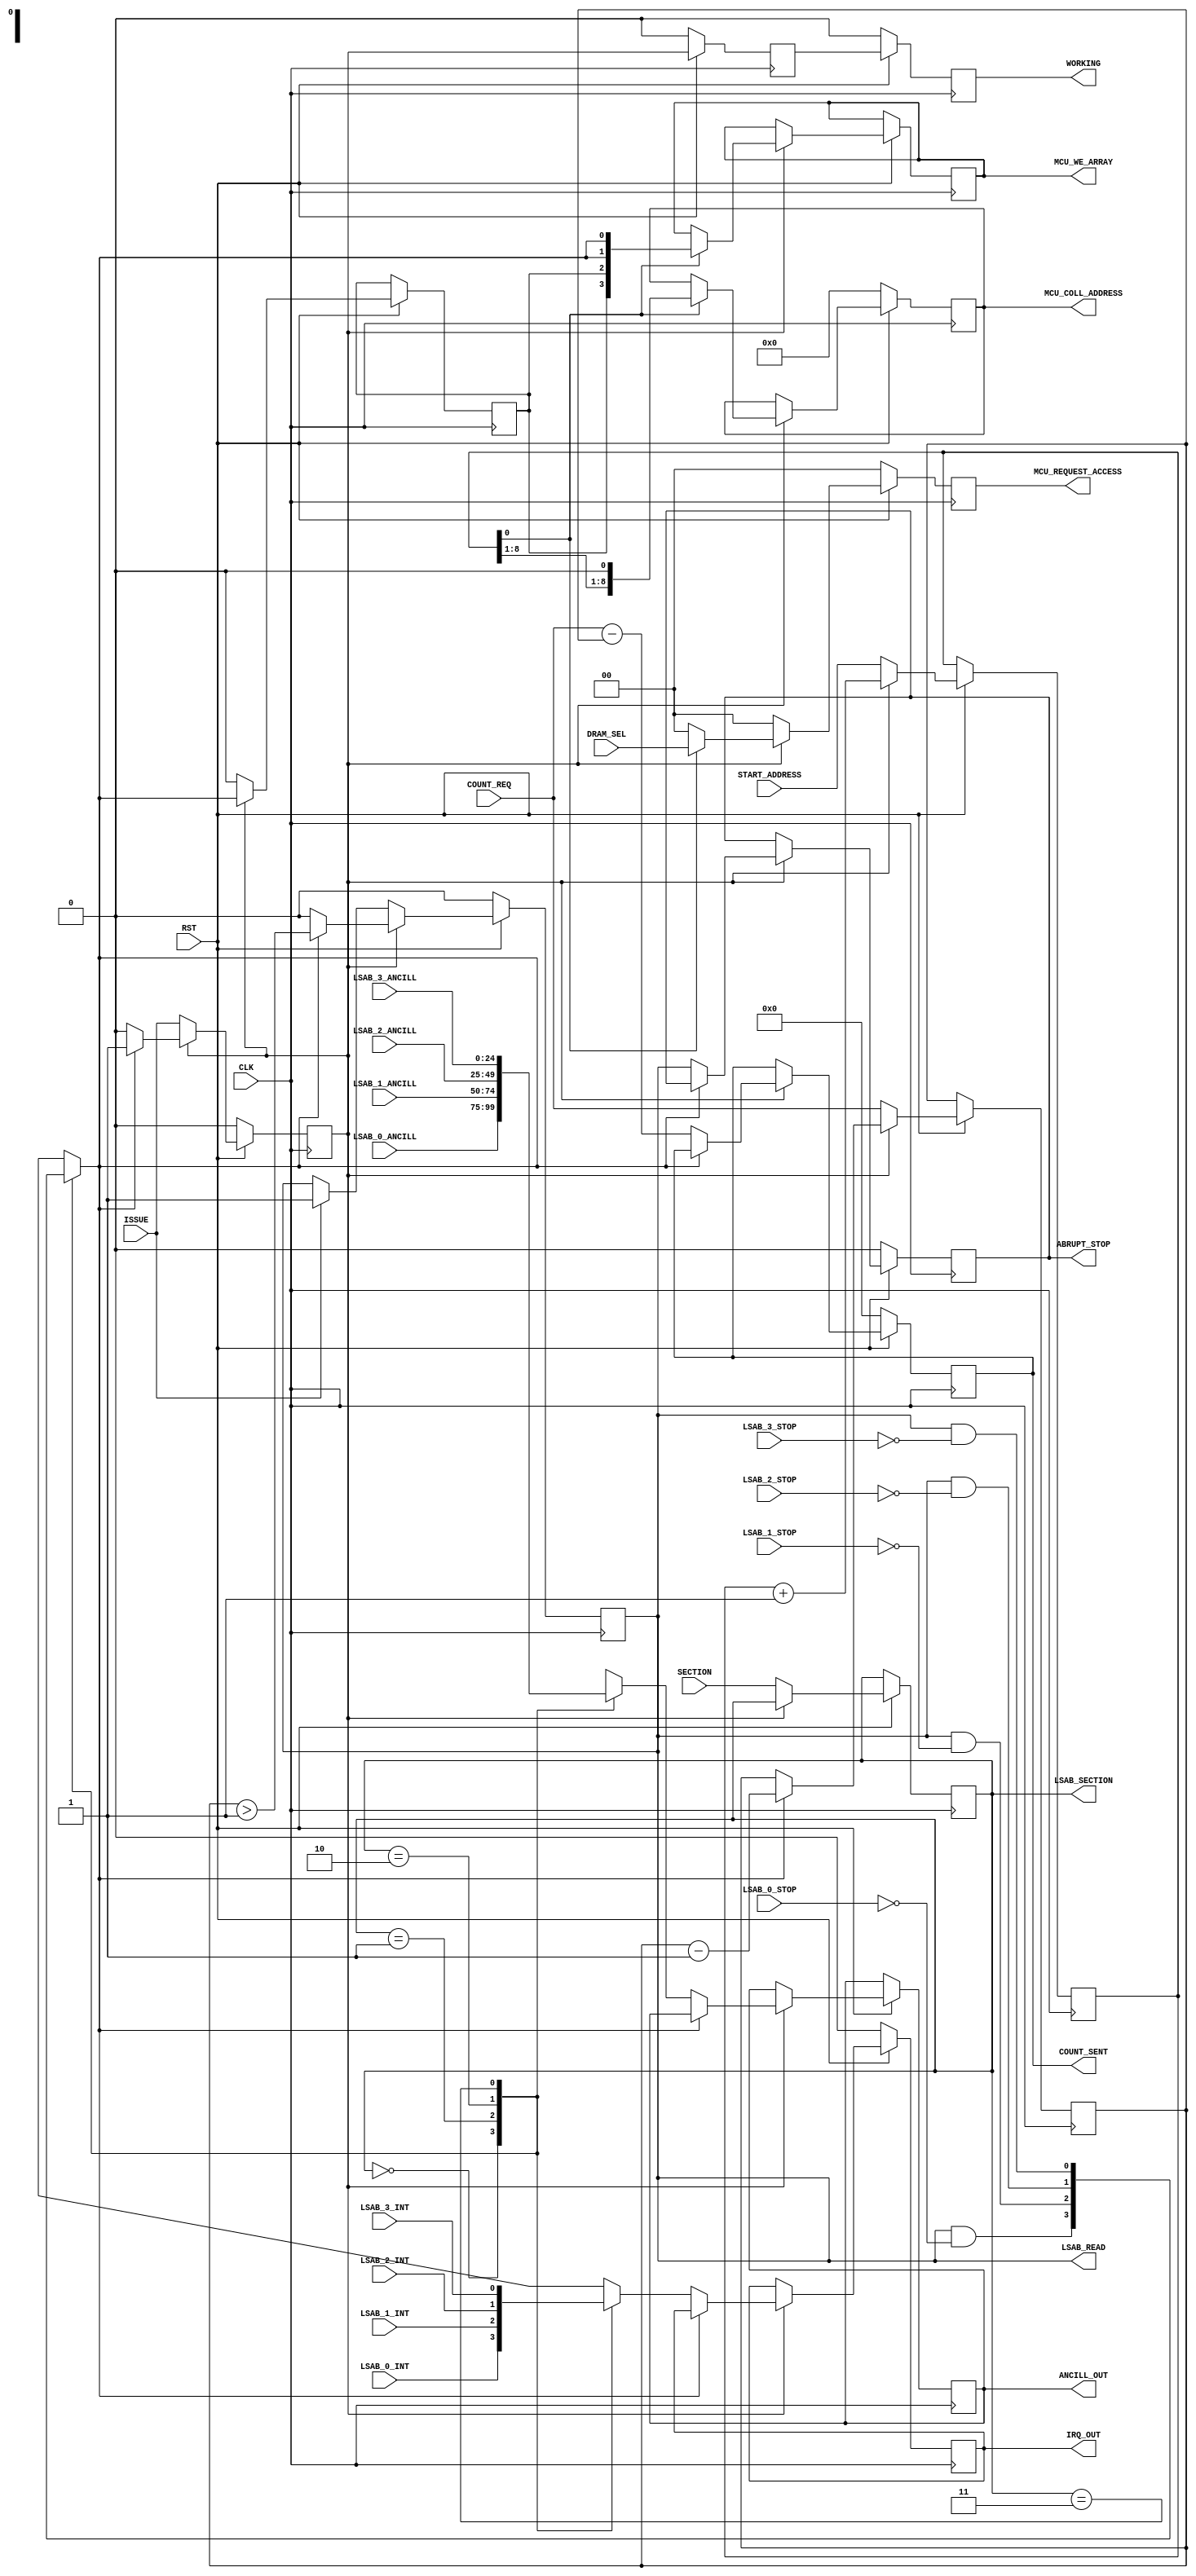
module hyper_mvblck_todram(input CLK,
			   input 	     RST,
			   /* begin LSAB */
			   input 	     LSAB_0_INT,
			   input 	     LSAB_1_INT,
			   input 	     LSAB_2_INT,
			   input 	     LSAB_3_INT,
			   input 	     LSAB_0_STOP,
			   input 	     LSAB_1_STOP,
			   input 	     LSAB_2_STOP,
			   input 	     LSAB_3_STOP,
			   input [24:0]      LSAB_0_ANCILL,
			   input [24:0]      LSAB_1_ANCILL,
			   input [24:0]      LSAB_2_ANCILL,
			   input [24:0]      LSAB_3_ANCILL,
			   // -----------------------
			   output 	     LSAB_READ,
			   output reg [1:0]  LSAB_SECTION,
			   //------------------------
			   /* begin DRAM */
			   input [8:0] 	     START_ADDRESS,
			   input [5:0] 	     COUNT_REQ,
			   input [1:0] 	     SECTION,
			   input [1:0] 	     DRAM_SEL,
			   input 	     ISSUE,
			   output reg [5:0]  COUNT_SENT,
			   output 	     WORKING,
			   output reg 	     IRQ_OUT,
			   output reg	     ABRUPT_STOP,
			   output reg [24:0] ANCILL_OUT,
			   // -----------------------
			   output [8:0]      MCU_COLL_ADDRESS,
			   output reg [3:0]  MCU_WE_ARRAY,
			   output [1:0]      MCU_REQUEST_ACCESS);
  reg 					     WORKING = 1'b0,
					     LSAB_READ = 1'b0;
  reg [1:0] 				     MCU_REQUEST_ACCESS = 2'd0;
  reg [8:0] 				     MCU_COLL_ADDRESS = 9'd0;

  reg 					     stop_prev_n, stop_n,
					     am_working = 1'b0,
					     working_pre = 1'b0,
					     irq;
  reg [24:0] 				     ancill;
  reg [5:0] 				     len_left;
  reg [8:0] 				     track_addr;

  wire 					     trigger;

  assign trigger = track_addr[0];

  always @(LSAB_0_STOP or LSAB_1_STOP or
	   LSAB_2_STOP or LSAB_3_STOP or
	   LSAB_0_INT or LSAB_1_INT or
	   LSAB_2_INT or LSAB_3_INT or
	   LSAB_0_ANCILL or LSAB_1_ANCILL or
	   LSAB_2_ANCILL or LSAB_3_ANCILL or
	   LSAB_SECTION or LSAB_READ)
    case (LSAB_SECTION)
      2'b00: begin
	stop_n <= (LSAB_READ && !LSAB_0_STOP);
	irq <= LSAB_0_INT;
	ancill <= LSAB_0_ANCILL;
      end
      2'b01: begin
	stop_n <= (LSAB_READ && !LSAB_1_STOP);
	irq <= LSAB_1_INT;
	ancill <= LSAB_1_ANCILL;
      end
      2'b10: begin
	stop_n <= (LSAB_READ && !LSAB_2_STOP);
	irq <= LSAB_2_INT;
	ancill <= LSAB_2_ANCILL;
      end
      2'b11: begin
	stop_n <= (LSAB_READ && !LSAB_3_STOP);
	irq <= LSAB_3_INT;
	ancill <= LSAB_3_ANCILL;
      end
      default: begin
	stop_n <= 1'bx;
	irq <= 1'bx;
	ancill <= {(25){1'bx}};
      end
    endcase

  always @(posedge CLK)
    if (!RST)
      begin
	am_working <= 0; working_pre <= 0; WORKING <= 0; LSAB_READ <= 0;
	MCU_REQUEST_ACCESS <= 0; MCU_COLL_ADDRESS <= 0; COUNT_SENT <= 0;
	IRQ_OUT <= 0; ABRUPT_STOP <= 0;
      end
    else
      begin
      if (! am_working)
	begin
	  LSAB_SECTION <= SECTION;
	  len_left <= COUNT_REQ;
	  track_addr <= START_ADDRESS;
	  stop_prev_n <= 0;
	  am_working <= ISSUE;
	  MCU_REQUEST_ACCESS <= 0;
	  if (ISSUE)
	    LSAB_READ <= 1;

	  /* FIXME: fails if the LSAB is empty at the start of exection */
	end
      else
	begin
	if (stop_n)
	  begin
	    len_left <= len_left -1;

	    LSAB_READ <= (len_left > 1);
	  end
	else
	  begin
	    LSAB_READ <= 0;
	    am_working <= 0;

	    COUNT_SENT <= COUNT_REQ - len_left;
	    IRQ_OUT <= irq;
	    ABRUPT_STOP <= LSAB_READ;
	    ANCILL_OUT <= ancill;
	  end
	track_addr <= track_addr +1;
	stop_prev_n <= stop_n;

	if (trigger)
	  begin
	    MCU_WE_ARRAY <= {stop_prev_n,stop_prev_n,stop_n,stop_n};
	    MCU_COLL_ADDRESS <= {track_addr[8:1],1'b0};
	    MCU_REQUEST_ACCESS <= DRAM_SEL;
	  end
	else
	  begin
	    MCU_REQUEST_ACCESS <= 0;
	  end

	end
	// Slow it down two cycles to prevent the driver circuit from
	// interferring with issuing commands to the MCU.
	working_pre <= am_working;
	WORKING <= working_pre;
      end // else: !if(!RST)

endmodule